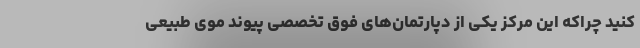
کنید چراکه این مرکز یکی از دپارتمان‌های فوق تخصصی پیوند موی طبیعی